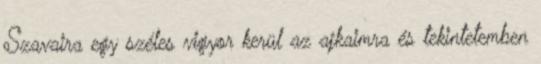
Szavaira egy széles vigyor kerül az ajkaimra és tekintetemben